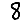
Digit: 8